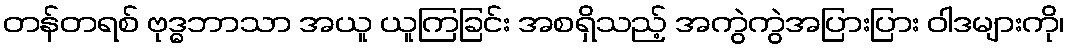
တန်တရစ် ဗုဒ္ဓဘာသာ အယူ ယူကြခြင်း အစရှိသည့် အကွဲကွဲအပြားပြား ဝါဒများကို၊